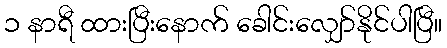
၁ နာရီ ထားပြီးနောက် ခေါင်းလျှော်နိုင်ပါပြီ။